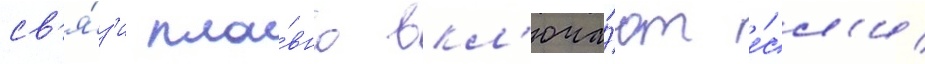
св'я́з'и пла́вно вкл'юча́ют е́сл'и